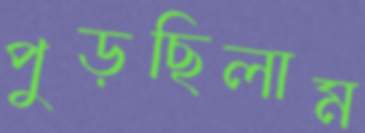
পুড়ছিলাম